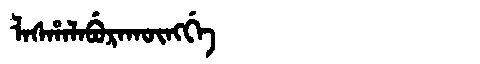
Manchu: ᠯᠠᠰᡥᠠᠯᠠᠪᡠᡵᠠᡴᡡᠩᡤᡝ
Romanization: LASHALABURAKŪNGGE